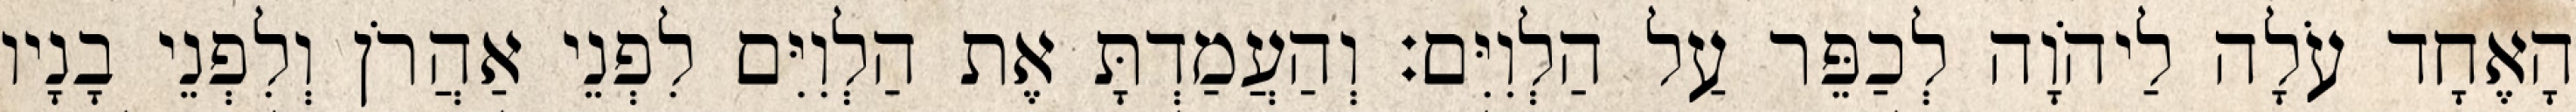
הָאֶחָד עֹלָה לַיהֹוָה לְכַפֵּר עַל הַלְוִיִּם׃ וְהַעֲמַדְתָּ אֶת הַלְוִיִּם לִפְנֵי אַהֲרֹן וְלִפְנֵי בָנָיו